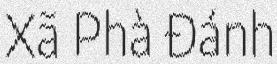
Xã Phà Đánh